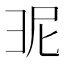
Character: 𭛎